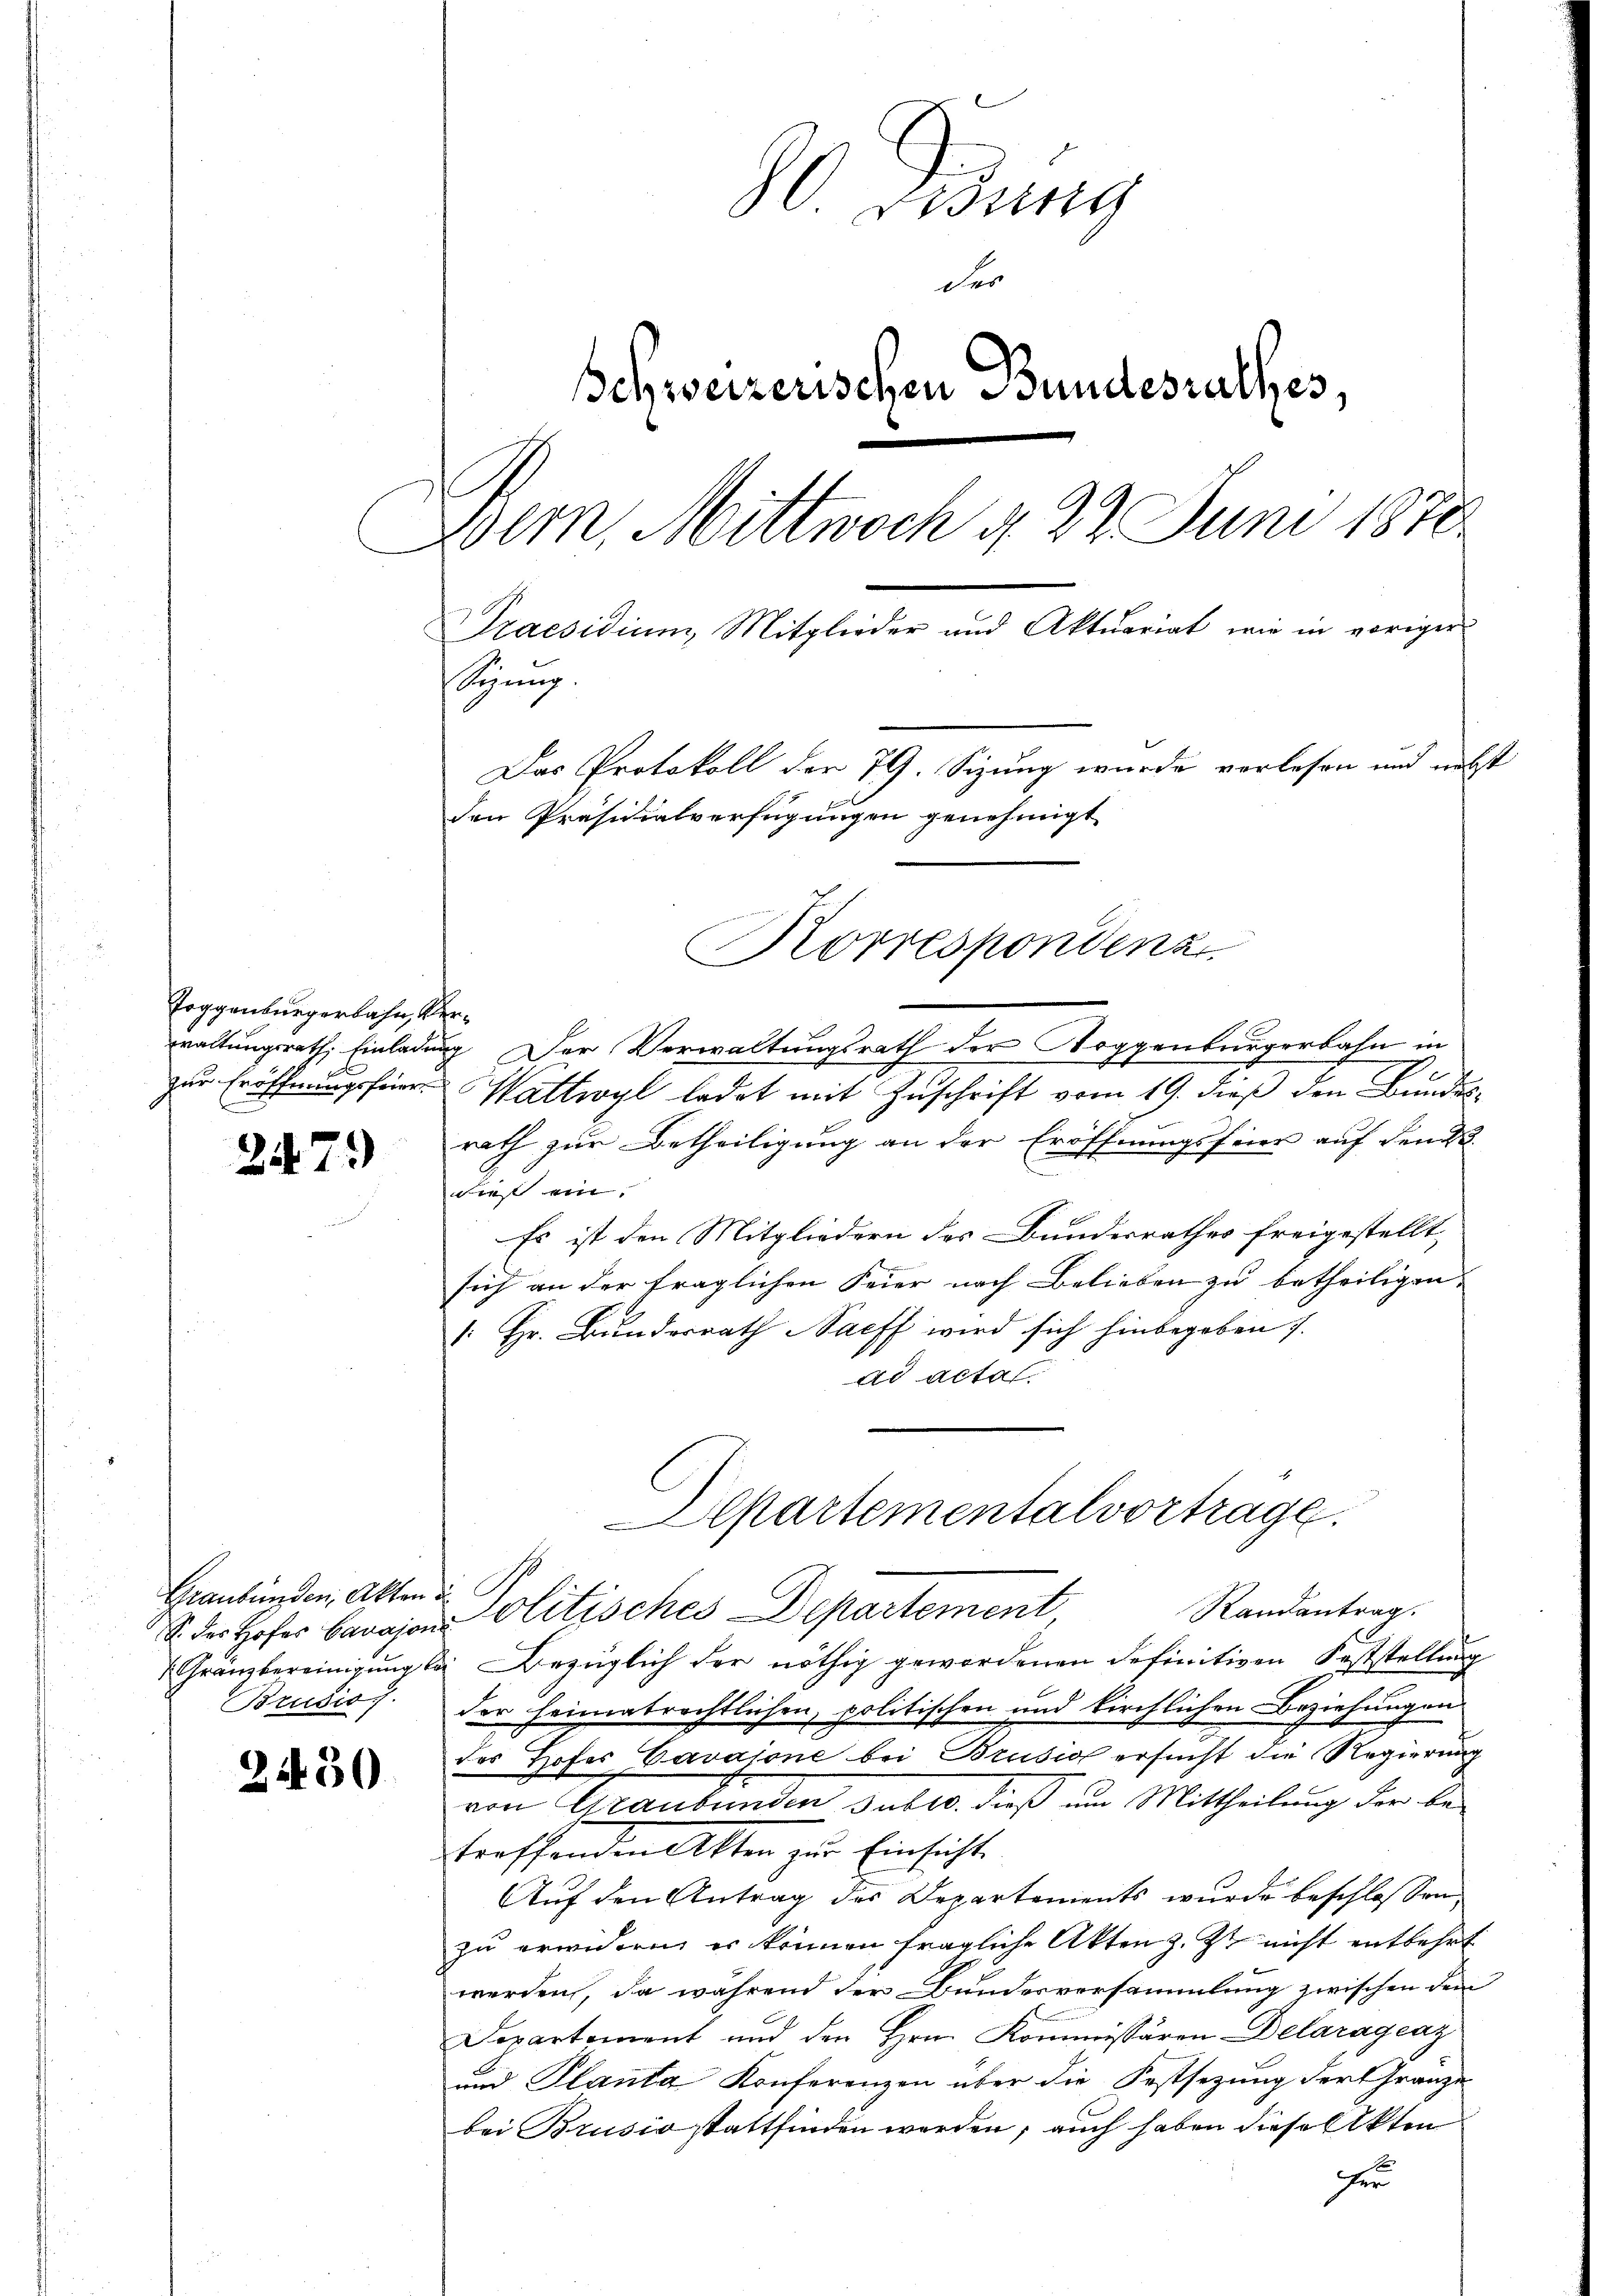
Toggenburgerbahn, ver¬

2479

S. des Hofes Cavajone
Brusio.

2450

80 Didung
der
Schweizerischen Bundesrathes,
Bern, Mittwoch d. 22. Juni 1870
Praesidium, Mitglieder und Aktuariat, wie in voriger
Synng.
Das Protokoll der 79. Sizung wurde verlesen und nebst
den Präsidialverfügungen genehmigt

waltungsrath, Einladung. Der Verwaltungsrath der Toggenburgerbahn in
zur Eröffnungsfeier Wattwyl ladet mit Zuschrift vom 19. dieß den Bundesrath zur Betheiligung an der Eröffnungsfeier auf den
dies ein.
Es ist den Mitgliedern des Bundesrathes freigestellt,
sich an der fraglichen Feier nach Belieben zu betheiligen.
/. Hr. Bundesrath Saeff wird sich hinbegeben s.
ad acta.
Gränzbereinigung l. Bezüglich der nöthig gewordenen definitiven Feststellung
der heimatrechtlichen, politischen und kirchlichen Beziehungen
des Hofer Cavaione bei Brusio ersucht die Regierung
von Graubünden Falls dieß um Mittheilung der Be
treffenden Akten zur Einsicht
Auf den Antrag des Departements wurde beschlossen:
zu erwideren er können fragliche Akten z. Zt. nicht entbehrt
werden, da während der Bundesversammlung zwischen dem
Separtement und den Hrn. Kommissären Delaragraz
und Planta Konferenzen über die Festsezung der Gränze
bei Brusio stattfinden werden; auch haben dieselekten
fer

Korrespondenz.

Departementalvortrage.
Graubünden, alten Politisches Departement,
Randantrag.